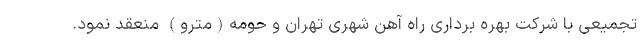
تجمیعی با شرکت بهره برداری راه آهن شهری تهران و حومه(مترو) منعقد نمود.